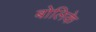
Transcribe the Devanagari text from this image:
बोलिके